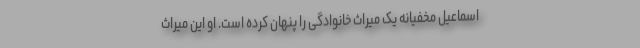
اسماعیل مخفیانه یک میراث خانوادگی را پنهان کرده است. او این میراث